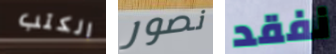
الكتب نصور نفقد